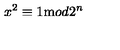
x ^ { 2 } \equiv 1 { \mathrm m o d } 2 ^ { n }